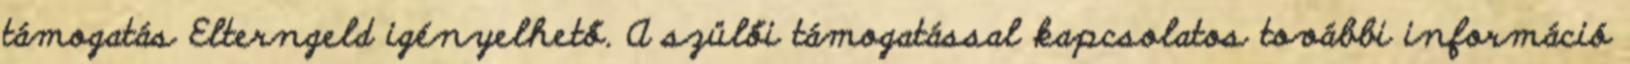
támogatás Elterngeld igényelhető. A szülői támogatással kapcsolatos további információ